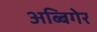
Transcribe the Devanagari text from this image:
अब्बिगेर